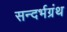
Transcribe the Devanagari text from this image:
सन्दर्भग्रंथ